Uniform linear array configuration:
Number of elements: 64
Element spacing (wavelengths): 0.25
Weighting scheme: binomial
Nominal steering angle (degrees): -45
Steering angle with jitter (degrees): -44.568
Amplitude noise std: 0.05
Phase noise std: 0.05

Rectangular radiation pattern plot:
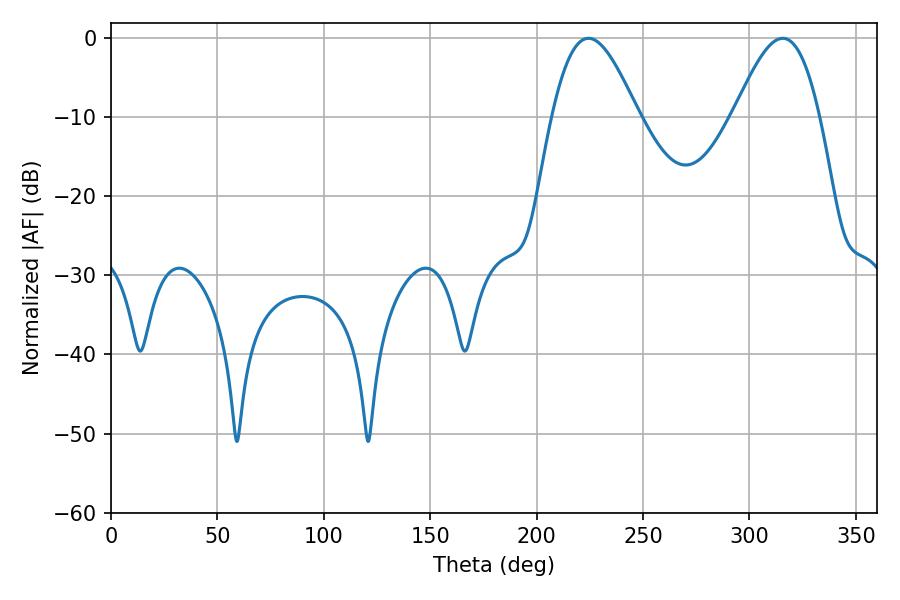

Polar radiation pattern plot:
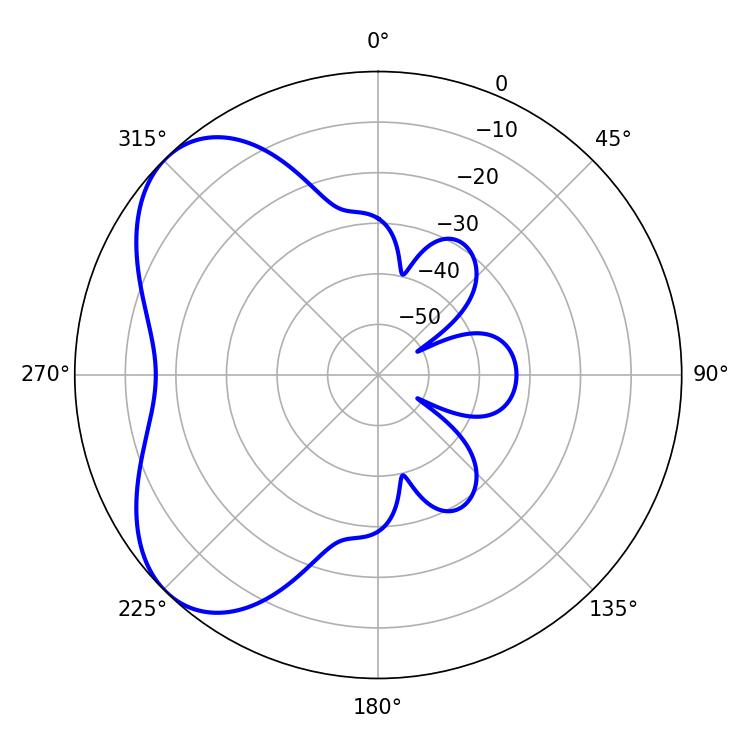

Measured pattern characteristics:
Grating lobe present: FALSE
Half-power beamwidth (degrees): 21.6
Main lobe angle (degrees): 224.28